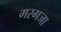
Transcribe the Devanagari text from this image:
मरगजा